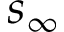
s _ { \infty }